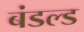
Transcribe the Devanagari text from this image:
बंडल्ड